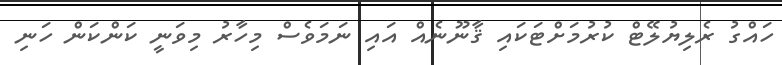
ހައްގު ރެލިޔުލޭޓް ކުރުމަށްޓަކައި ޤާނޫނެއް އައި ނަމަވެސް މިހާރު މިވަނީ ކަންކަން ހަނި